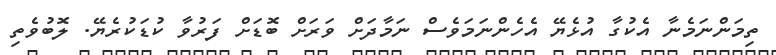
ތިމަންނަމެނާ އެކުގާ އުޅެޔޭ އެހެންނަމަވެސް ނަމާދަށް ވަރަށް ބޮޑަށް ފަރުވާ ކުޑަކުރެޔޭ. ލޮބުވެތި